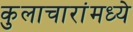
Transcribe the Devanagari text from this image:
कुलाचारांमध्ये